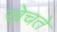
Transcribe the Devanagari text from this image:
खेचते